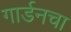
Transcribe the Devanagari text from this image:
गार्डनचा